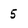
Character: 5